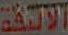
الاليفه